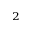
^ 2